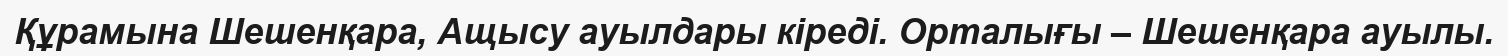
Құрамына Шешенқара, Ащысу ауылдары кіреді. Орталығы – Шешенқара ауылы.